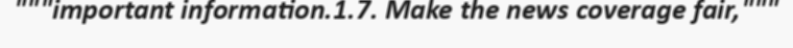
"""important information.1.7. Make the news coverage fair,"""